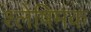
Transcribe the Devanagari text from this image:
श्लेषिमक